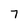
Character: 7